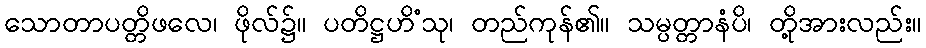
သောတာပတ္တိဖလေ၊ ဖိုလ်၌။ ပတိဋ္ဌဟိံသု၊ တည်ကုန်၏။ သမ္ပတ္တာနံပိ၊ တို့အားလည်း။